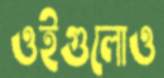
ওইগুলোও